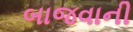
બાજવાની